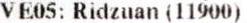
VE05: RIDZUAN (11900)